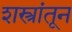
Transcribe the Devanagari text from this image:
शस्त्रांतून